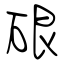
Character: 硍